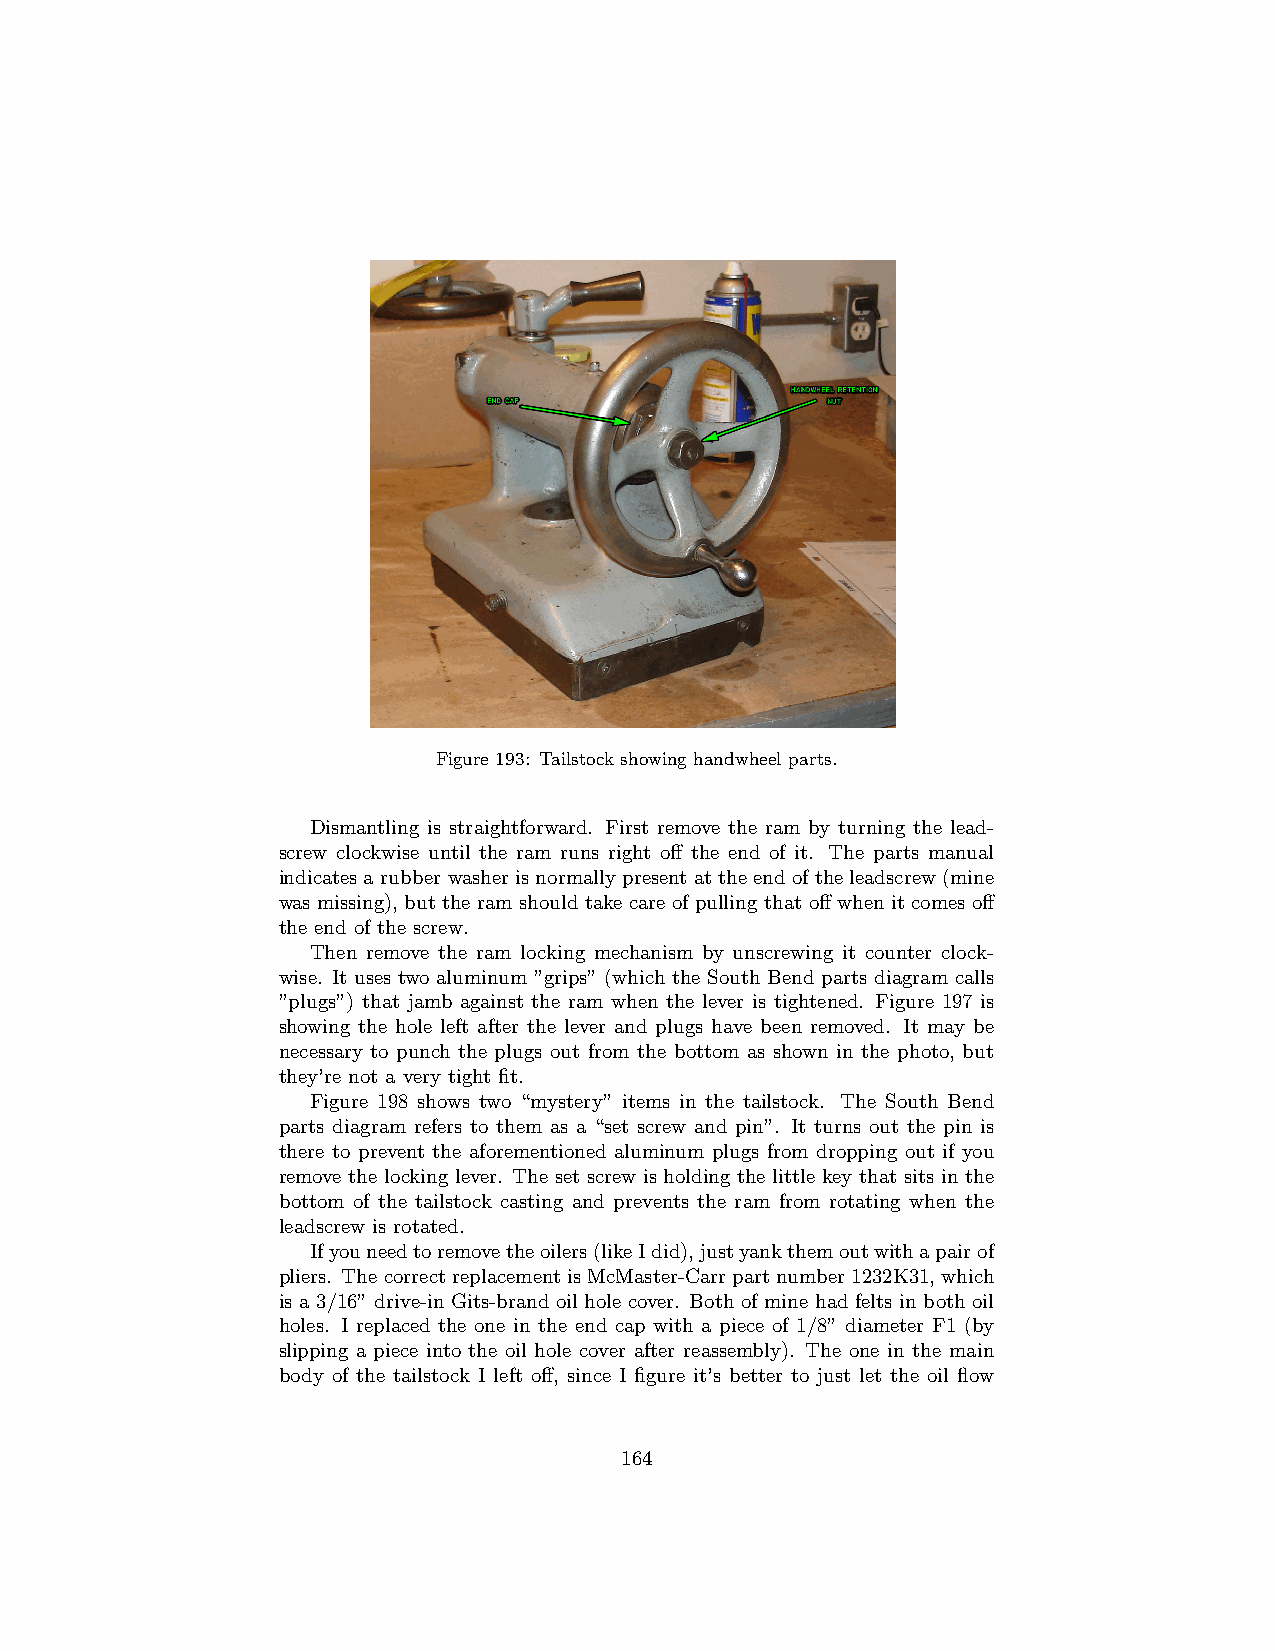
Figure 193: Tailstock showing handwheel parts.
 Dismantling is straightforward. First remove the ram by turning the lead-
 screw clockwise until the ram runs right off the end of it. The parts manual
 indicatesarubberwasherisnormallypresentattheendoftheleadscrew(mine
 was missing), but the ram should take care of pulling that off when it comes off
 the end of the screw.
 Then remove the ram locking mechanism by unscrewing it counter clock-
 wise. It uses two aluminum ”grips” (which the South Bend parts diagram calls
 ”plugs”) that jamb against the ram when the lever is tightened. Figure 197 is
 showing the hole left after the lever and plugs have been removed. It may be
 necessary to punch the plugs out from the bottom as shown in the photo, but
 they’re not a very tight fit.
 Figure 198 shows two “mystery” items in the tailstock. The South Bend
 parts diagram refers to them as a “set screw and pin”. It turns out the pin is
 there to prevent the aforementioned aluminum plugs from dropping out if you
 remove the locking lever. The set screw is holding the little key that sits in the
 bottom of the tailstock casting and prevents the ram from rotating when the
 leadscrew is rotated.
 Ifyouneedtoremovetheoilers(likeIdid),justyankthemoutwithapairof
 pliers. ThecorrectreplacementisMcMaster-Carrpartnumber1232K31,which
 is a 3/16” drive-in Gits-brand oil hole cover. Both of mine had felts in both oil
 holes. I replaced the one in the end cap with a piece of 1/8” diameter F1 (by
 slipping a piece into the oil hole cover after reassembly). The one in the main
 body of the tailstock I left off, since I figure it’s better to just let the oil flow
 164